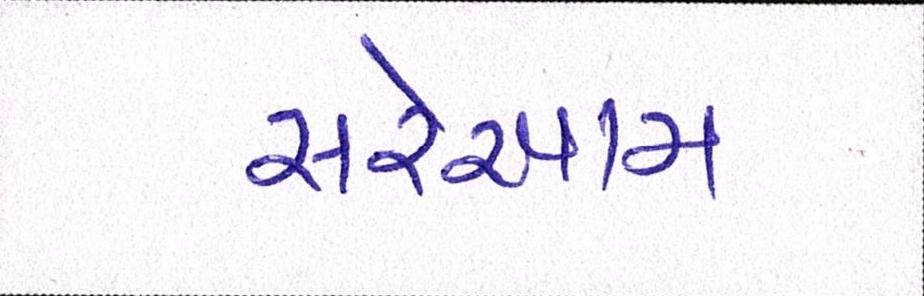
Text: સરેઆમ